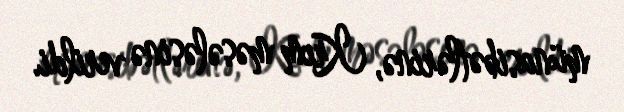
münasibətlərinə, Krım məsələsinə verildi.